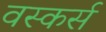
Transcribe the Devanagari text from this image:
वस्कर्स